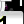
Digit: 1